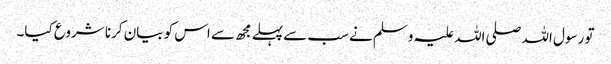
تو رسول اللہ صلی اللہ علیہ وسلم نے سب سےپہلے مجھ سے اس کو بیان کرنا شروع کیا۔